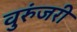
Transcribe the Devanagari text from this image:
वुरुंजरी